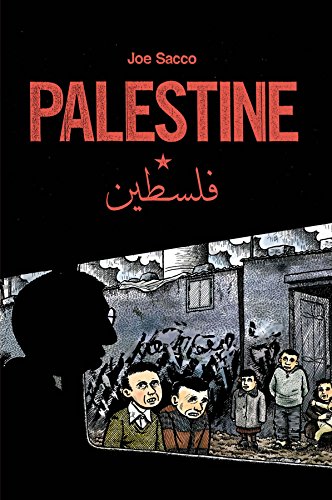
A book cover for Palestine; Comics & Graphic Novels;